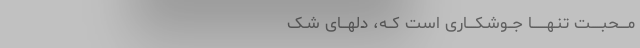
مــُــحبـــــت تنـهـــــــا جــوشـکــــاری است کــه، دلهـــای شـک